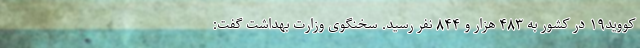
کووید۱۹ در کشور به ۴۸۳ هزار و ۸۴۴ نفر رسید. سخنگوی وزارت بهداشت گفت: